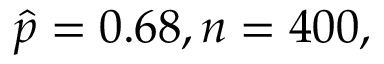
{ \hat { p } } = 0 . 6 8 , n = 4 0 0 ,